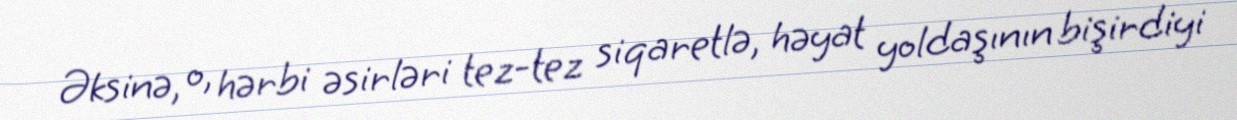
Əksinə, o, hərbi əsirləri tez-tez siqaretlə, həyat yoldaşının bişirdiyi